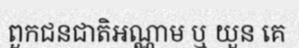
ពួកជនជាតិអណ្ណាម ឬ យួន គេ